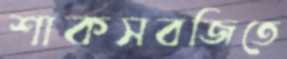
শাকসবজিতে